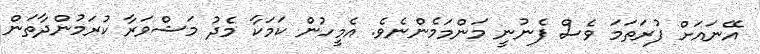
އޭނައަށް ފުރަތަމަ ވެސް ފެނުނީ މަންމަމެންނެވެ. އެމީހުން ކަމަކާ މެދު މަޝްވަރާ ކުރަމުންދާތަން